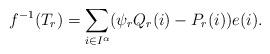
LaTeX: \begin{align*} f^{-1}(T_r)=\sum_{i\in I^{\alpha}}(\psi_rQ_r(i)-P_r(i))e(i).\end{align*}